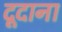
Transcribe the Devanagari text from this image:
दूदाना